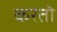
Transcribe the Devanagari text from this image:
करतॊ